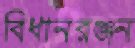
বিধানরঞ্জন